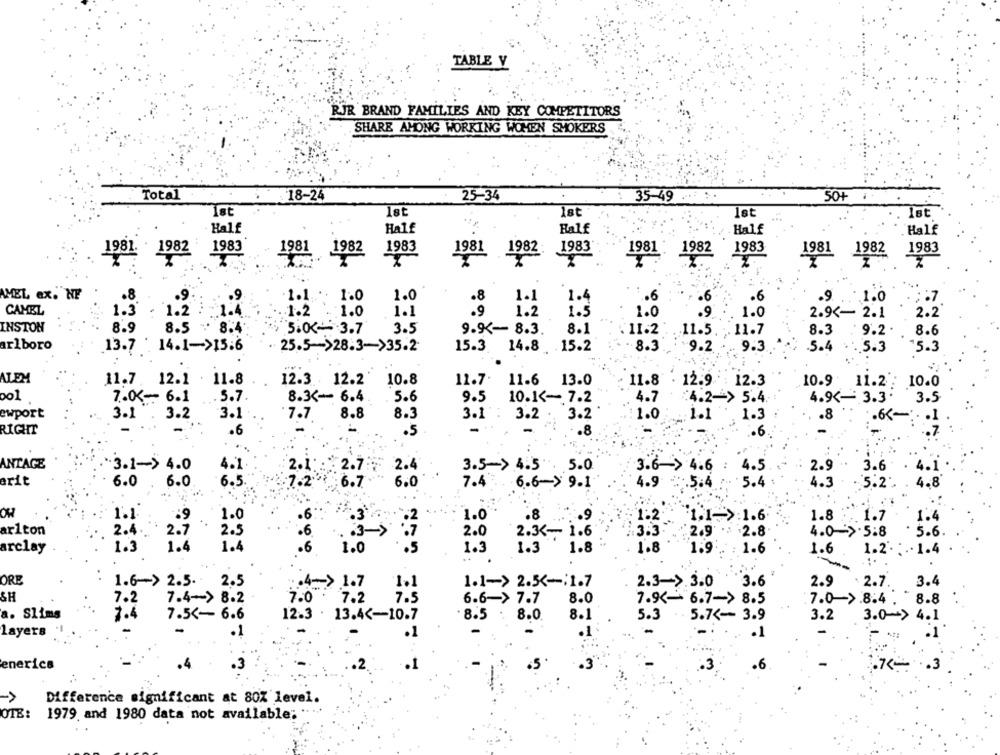
TABLE V
RJR BRAND FAMILIES AND KEY COMPETITORS
SHARE AHONG WORKING WOMEN SMOKERS
Total
18-24
25-34
35-49 ...
50+ ..
Ist
18t
let
Ist
Half
Half
Half
Half
Half
1983
1981
1981. 1982
1982
1983
1981 1982
1983
282 1983
1981 1982 1983
1981 1982
MEL ex. NF
.8
.9
1.1. 1.0
1.0
.8
1.1
1.4
.6
.9.
1.0
.99
CAMEL
1.3
1.2
1.2
:1.0
1.1
.9
1.2
1.5
1.0
2.9 <- 2.1
2.2
INSTON
8.9
8.5 - 8.4
5.00- 3.7
3.5
9.9- 8.3.
8.1
.11.2
11.5.
11.7
8.3
9.2
8.6
arlboro
13.7 14.1->15.6
25.5->28.3->35.2
8.3
9.2
9.3
.5.4
. 5.3
15.3
15.3. 14.8 15.2
ALEM
11.7. 12.1 . 11.8
12.3 12.2
10.8
11.7.
11.6 13.0
11.8
12.9
12.3
10.9 11.2: 10.0
7.0 <-- 6.1
.5.7
8.3 <- 6.4
. 5.6
9.5
10.1 <- 7.2
4.7
4.2-> 5.4
4.9 <- 3.3.
3.5
ewport
3.1
3.2
3.1
.7.7
8.8
8.3
3.2
3.2
1.1
.8
.65-
3.1 .
1.0
1.3
.1
RIGHT
.6
.5
.8
.6
ANTAGE
"3.1-> 4.0
3.5->4.5 . 5.0
3.6-> 4.6
4.5
2.9
3.6
4.1
2.12.77
2.4
arit
6.0
6.5
6.0
7.4
4.9 : 5.4
.5.4
4.3
5.2".
1.8
6.0
6.6-> 9.1
OH
1.1.
·6
1.0
.8
9
:1:2
1.1->:1.6
1.8
1.7
ar1ton
2.4
2.5
.6.
: 63->
2.0
2.3 <- 1.6
2.9 .
2.8
4.0
5:8
5.6
2.7
arclay
1.3
1.4
1.4
.6
1.0
.5
1.3
1.3
1.8
1.8
1.9
1.6
1.6
1.
.. .
ORE
1.6-> 2.5.
3.4
2.5
.4=> 1.7
1.1
1.1-> 2.5 <-; 1.7
2.3->.3.0
3.6
2.9
2.7.
&H
7.2
7.4-> 8.2
7.0 7.2
7.5
6.6-> 7.7
8.0
7.9 <- 6.7-> 8.5
:7.0 >.8.4
8.8
a. Slims
1.4
7.5 <- 6.6
12.3 . 13.4 <- 10.7
. 8.5
8.0.
8.1
5.3
5.7 <- 3.9
3.2
3.0->
4.1
layers
.1
.1
is.
enerica
.1
.3
Difference significant at 80% level.
OTE:
1979. and 1980 data not available;